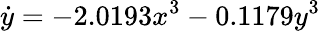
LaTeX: \dot{y}=-2.0193x^{3}-0.1179y^{3}